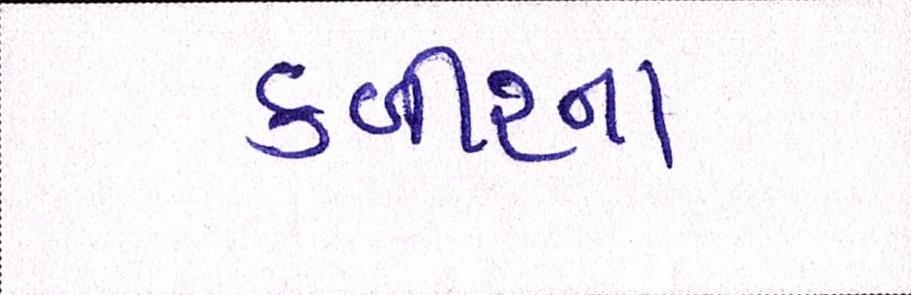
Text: કબીરના